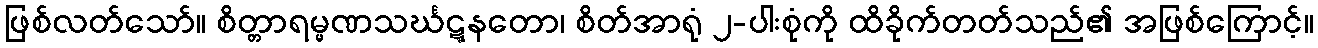
ဖြစ်လတ်သော်။ စိတ္တာရမ္မဏသင်္ဃဋ္ဋနတော၊ စိတ်အာရုံ ၂-ပါးစုံကို ထိခိုက်တတ်သည်၏ အဖြစ်ကြောင့်။